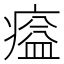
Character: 𤸸